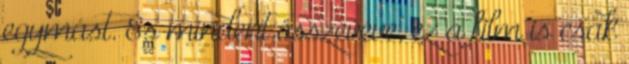
egymást. És mindent összevéve, ez a film is csak